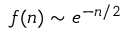
f ( n ) \sim e ^ { - n / 2 }